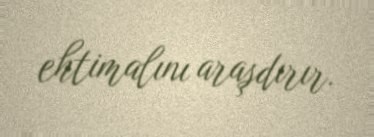
ehtimalını araşdırır.